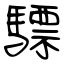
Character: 驃